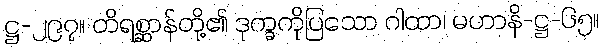
ဋ္ဌ-၂၉၇။ တိရစ္ဆာန်တို့၏ ဒုက္ခကိုပြသော ဂါထာ၊ မဟာနိ-ဋ္ဌ-၆၅။